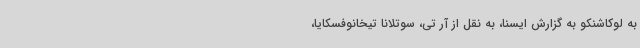
به لوکاشنکو به گزارش ایسنا، به نقل از آر تی، سوتلانا تیخانوفسکایا،